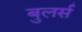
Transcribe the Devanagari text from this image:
बुलर्स